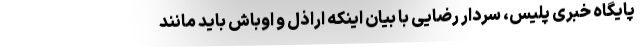
پایگاه خبری پلیس، سردار رضایی با بیان اینکه اراذل و اوباش باید مانند